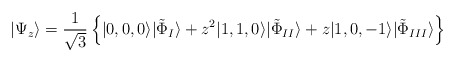
\begin{align*}|\Psi_{z} \rangle = \frac{1}{\sqrt{3}} \left\{ |0,0,0 \rangle|\tilde{\Phi}_{I} \rangle+ z^{2} |1,1, 0 \rangle |\tilde{\Phi}_{II} \rangle+ z |1,0,-1 \rangle |\tilde{\Phi}_{III} \rangle \right\}\end{align*}